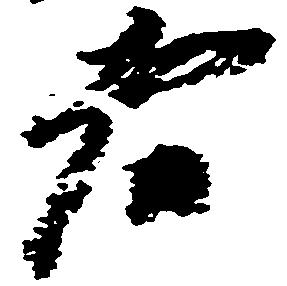
者